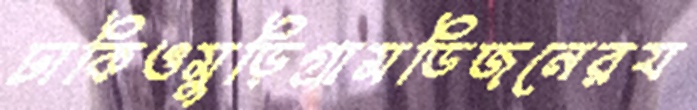
ঢাকিওমুড়িগ্রামডিজনেরয